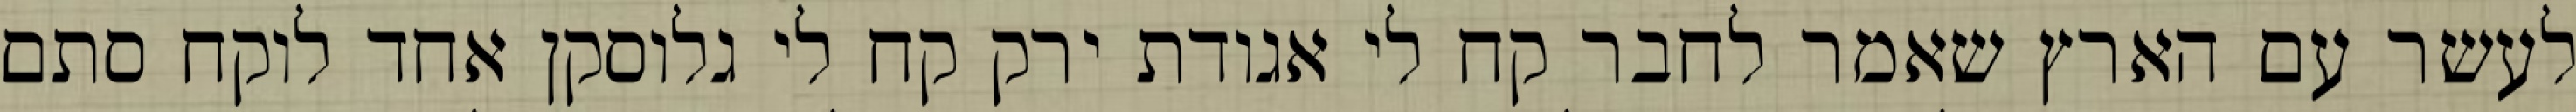
לעשר עם הארץ שאמר לחבר קח לי אגודת ירק קח לי גלוסקן אחד לוקח סתם